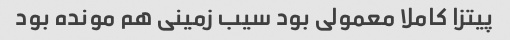
پیتزا کاملا معمولی بود سیب زمینی هم مونده بود